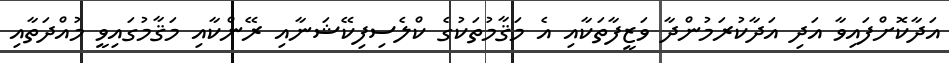
އަދާކޮށްފައިވާ އަދި އަދާކުރަމުންދާ ވަޒީފާތަކާއި އެ މަޤާމުތަކުގެ ކްލެސިފިކޭޝަނާއި ރޭންކާއި މަޤާމުގައިވީ މުއްދަތާއި